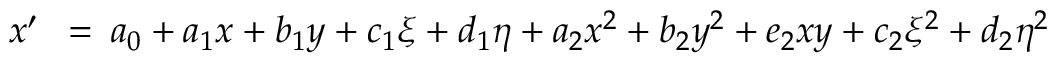
\begin{array} { r l r } { x ^ { \prime } } & { { } \! \! \! = } & { \! \! \! a _ { 0 } + a _ { 1 } x + b _ { 1 } y + c _ { 1 } \xi + d _ { 1 } \eta + a _ { 2 } x ^ { 2 } + b _ { 2 } y ^ { 2 } + e _ { 2 } x y + c _ { 2 } \xi ^ { 2 } + d _ { 2 } \eta ^ { 2 } } \end{array}